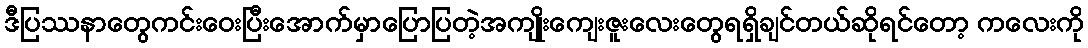
ဒီပြဿနာတွေကင်းဝေးပြီးအောက်မှာပြောပြတဲ့အကျိုးကျေးဇူးလေးတွေရရှိချင်တယ်ဆိုရင်တော့ ကလေးကို